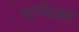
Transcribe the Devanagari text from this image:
नाम्बिआर